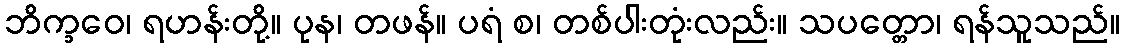
ဘိက္ခဝေ၊ ရဟန်းတို့။ ပုန၊ တဖန်။ ပရံ စ၊ တစ်ပါးတုံးလည်း။ သပတ္တော၊ ရန်သူသည်။